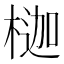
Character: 𪳇